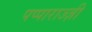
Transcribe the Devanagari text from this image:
पप्पाराज्ज़ी